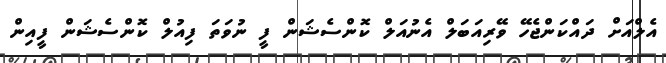
އެލްއަށް ދައްކަންޖެހޭ ވޭރިއަބަލް އެނުއަލް ކޮންސެޝަން ފީ ނުވަތަ ފިއުލް ކޮންސެޝަން ފީއިން